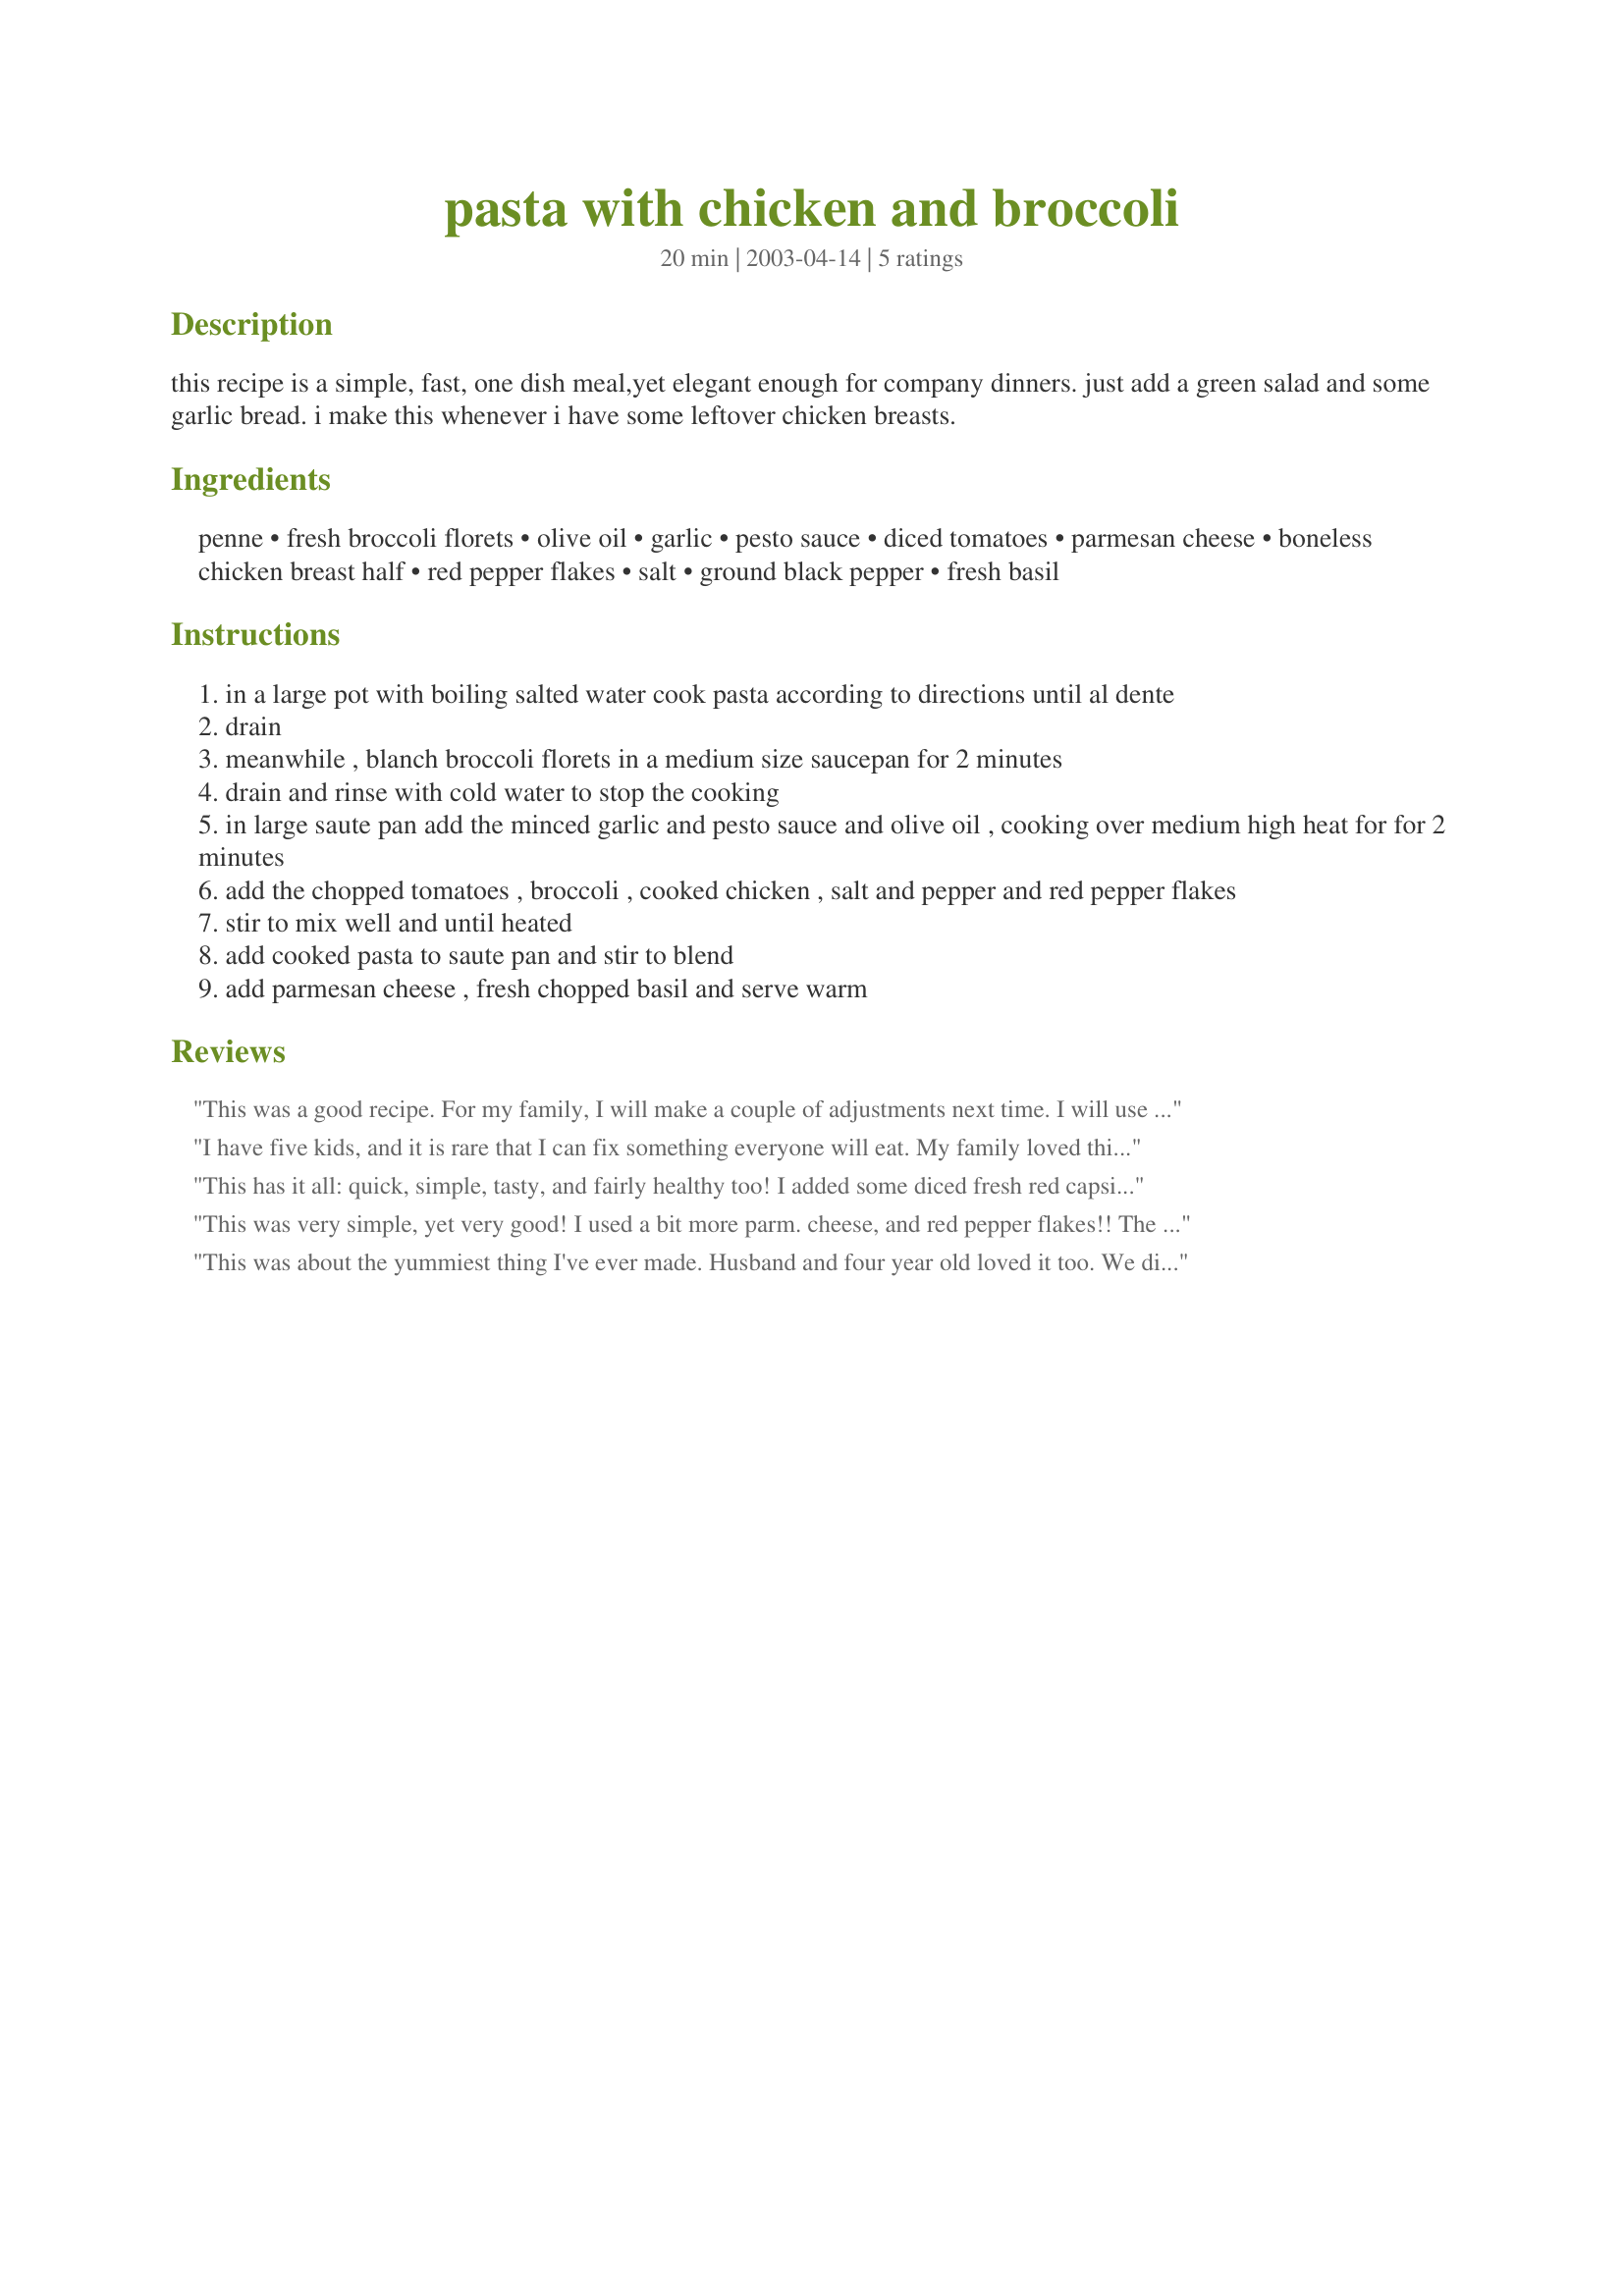
pasta with chicken and broccoli
Preparation time: 20 minutes

this recipe is a simple, fast, one dish meal,yet elegant enough for company dinners. just add a green salad and some garlic bread. i make this whenever i have some leftover chicken breasts.

Ingredients:
penne, fresh broccoli florets, olive oil, garlic, pesto sauce, diced tomatoes, parmesan cheese, boneless chicken breast half, red pepper flakes, salt, ground black pepper, fresh basil

Steps:
in a large pot with boiling salted water cook pasta according to directions until al dente
drain
meanwhile , blanch broccoli florets in a medium size saucepan for 2 minutes
drain and rinse with cold water to stop the cooking
in large saute pan add the minced garlic and pesto sauce and olive oil , cooking over medium high heat for for 2 minutes
add the chopped tomatoes , broccoli , cooked chicken , salt and pepper and red pepper flakes
stir to mix well and until heated
add cooked pasta to saute pan and stir to blend
add parmesan cheese , fresh chopped basil and serve warm

Reviews:
This was a good recipe. For my family, I will make a couple of adjustments next time. I will use less pasta and once I get everything except the parmesan mixed, I plan on putting it in a 13x9 baking dish. I will sprinkle the parmesan on top and bake for 15-20 min at 350. Thanks for a keeper.
I have five kids, and it is rare that I can fix something everyone will eat. My family loved this dish! Easy and a good fit for a wide range of tastes. I will definitely fix this again.
This has it all: quick, simple, tasty, and fairly healthy too! I added some diced fresh red capsicum (bell pepper) with the garlic as I didn't have the things to make a salad. The broccoli was easily added to the pasta pot in the last few minutes to save washing another pot, and I cooked the diced chicken in the pan before removing and starting the garlic, etc. Definitely a keeper!
This was very simple, yet very good! I used a bit more parm. cheese, and red pepper flakes!! The basil is a beautiful touch. Served with a salad as suggested and cheesy garlic toast with parsley. Nice meal.. everyone was impressed!
This was about the yummiest thing I've ever made. Husband and four year old loved it too. We didn't use the red pepper flakes, and I used frozen broccoli and probably had more than half a pound. Magnificent! Thank you!
